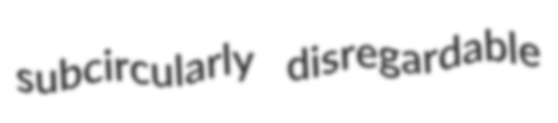
subcircularly disregardable